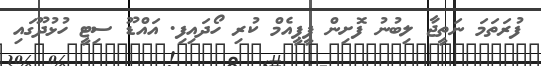
ފުރަތަމަ ނަތީޖާ ލިބުނު ފޮށިން ޕީޕީއެމް ކުރި ހޯދައިފި. އައްޑޫ ސިޓީ ހުޅުދޫގައި